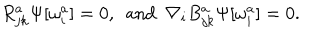
LaTeX: R _ { j k } ^ { a } \Psi [ \omega _ { i } ^ { a } ] = 0 , \enspace \mathrm { a n d } \enspace \nabla _ { i } B _ { j k } ^ { a } \Psi [ \omega _ { i } ^ { a } ] = 0 .